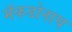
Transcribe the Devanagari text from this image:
मॅकडोनाघ